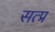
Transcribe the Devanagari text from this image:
सत्प्र